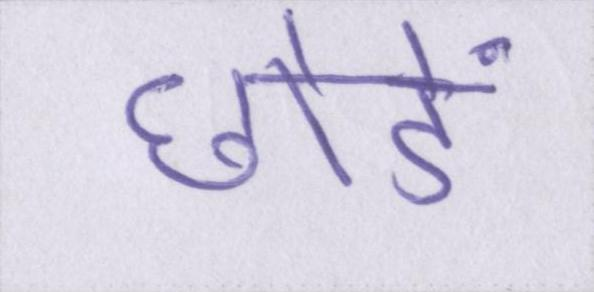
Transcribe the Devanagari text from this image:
छोडें